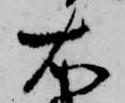
右